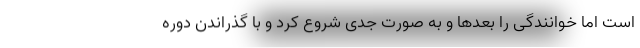
است اما خوانندگی را بعدها و به صورت جدی شروع کرد و با گذراندن دوره